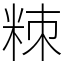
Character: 䊂